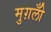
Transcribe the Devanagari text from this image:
मुग़लोँ